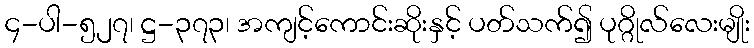
၄-ပါ-၅၂၇၊ ဋ္ဌ-၃၇၃၊ အကျင့်ကောင်းဆိုးနှင့် ပတ်သက်၍ ပုဂ္ဂိုလ်လေးမျိုး